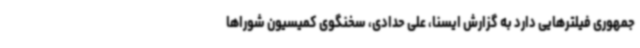
جمهوری فیلترهایی دارد به گزارش ایسنا، علی حدادی، سخنگوی کمیسیون شوراها